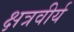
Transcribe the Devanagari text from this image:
क्षत्रवीर्य